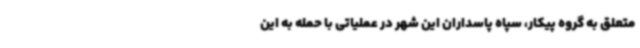
متعلق به گروه پیکار، سپاه پاسداران این شهر در عملیاتی با حمله به این